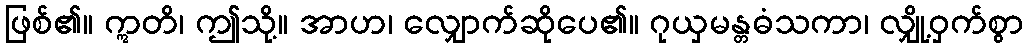
ဖြစ်၏။ ဣတိ၊ ဤသို့။ အာဟ၊ လျှောက်ဆိုပေ၏။ ဂုယှမန္တဓံသကာ၊ လျှို့ဝှက်စွာ